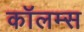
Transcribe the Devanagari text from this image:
कॉलम्स